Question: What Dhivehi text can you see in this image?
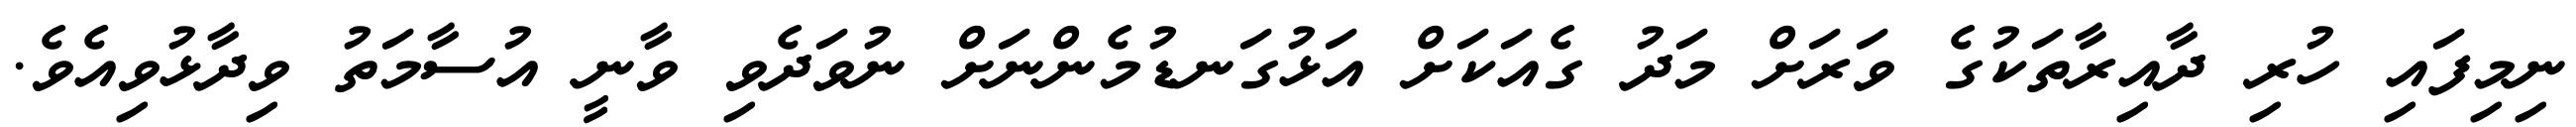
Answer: ނިމިފައި ހުރި ދާއިރާތަކުގެ ވަރަށް މަދު ގެއަކަށް އަޅުގަނޑުމެންނަށް ނުވަދެވި ވާނީ އުސާމަތު ވިދާޅުވިއެވެ.